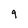
Character: 9